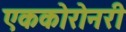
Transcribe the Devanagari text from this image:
एककोरोनरी